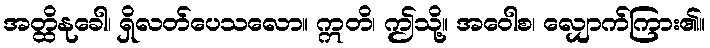
အတ္ထိနုခေါ၊ ရှိလတ်ပေသလော။ ဣတိ၊ ဤသို့။ အဝေါစ၊ လျှောက်ကြား၏။